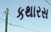
કથારસ